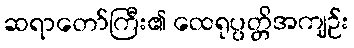
ဆရာတော်ကြီး၏ ထေရုပ္ပတ္တိအကျဉ်း